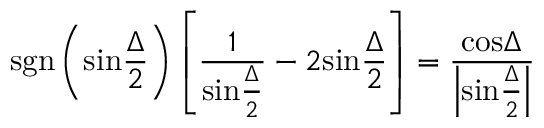
\mathrm { s g n } \left( \mathrm { s i n } { \frac { \Delta } { 2 } } \right) \left[ { \frac { 1 } { \mathrm { s i n } { \frac { \Delta } { 2 } } } } - 2 \mathrm { s i n } { \frac { \Delta } { 2 } } \right] = { \frac { \mathrm { c o s } \Delta } { \left| \mathrm { s i n } { \frac { \Delta } { 2 } } \right| } }